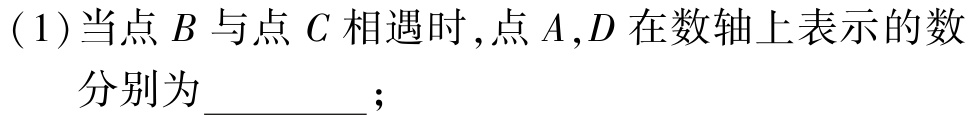
(1)当点\(B\)与点\(C\)相遇时,点\(A,D\)在数轴上表示的数

分别为__________;